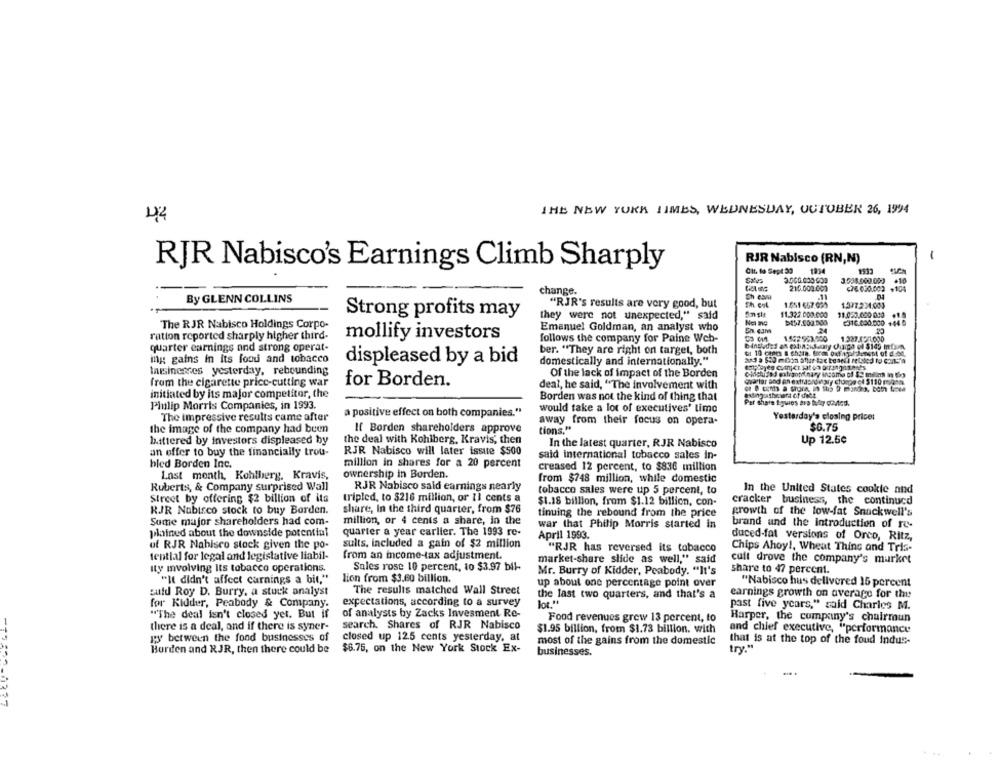
THE NEW YORK TIMES, WEDNESDAY, OCTOBER 26, 1994
RJR Nabisco (RN,N)
-
RJR Nabisco's Earnings Climb Sharply
Cit. to Sept 33
1934
Caros
3.538,600.000
.10
change.
215.000.000
c78 030.002 .104
By GLENN COLLINS
Sh es
.11
"RJR's results are very good, but
1.651 657.099
1.577.224.003
Strong profits may
11.322.000.000
11.020.000 010
they were not unexpected," said
c316.000.000 +44 6
The RJR Nabisco Holdings Corpo-
Emanuel Goldman, an analyst who
24
ration reported sharply higher third-
mollify investors
follows the company for Paine Web-
1.552:583.000
1.327.421.000
quarter earnings and strong operat-
ber. "They are right on target, both
ing gains in its food and tobacco
displeased by a bid
domestically and internationally."
Insinesses yesterday, rebounding
Of the lack of impact of the Borden
from the cigarette price-cutting war
for Borden.
deal, he said, "The involvement with
initiated by its major competitor, the
Borden was not the kind of thing that
Philip Morris Companies, in 1993.
a positive effect on both companies."
would take a lot of executives' time
The impressive results came after
away from their focus on opera-
Yesterday's closing price:
the image of the company had been
If Borden shareholders approve
tions."
$0.75
battered by investors displeased by
the deal with Kohlberg, Kravis, then
In the latest quarter, RJR Nabisco
Up 12.5¢
an offer to buy the financially trou-
RJR Nabisco will later issue $500
said international tobacco sales in-
bled Borden Inc.
million in shares for a 20 percent
creased 12 percent, to $836 million
Last month. Kohlberg, Kravis,
ownership in Borden.
from $748 million, while domestic
Ruberts, & Company surprised Wall
RJR Nabisco said earnings nearly
tobacco sales were up 5 percent, to
In the United States cookie and
Street by offering $2 billion of its
tripled, to $216 million, or 11 cents a
$1.18 billion, from $1.12 billion, con-
cracker business, the continucd
RJR Nabisco stock to buy Borden.
share, In the third quarter, from $76
tinuing the rebound from the price
growth of the low-fat Snackwell's
Some major shareholders had com-
million, or 4 cents a share, in the
war that Philip Morris started in
brand and the introduction of re-
plained about the downside potential
quarter a year carlier. The 1993 re-
April 1993.
duced-fat versions of Orco, Ritz,
uf RJR Nabisco stock given the po-
suits, included a gain of $2 million
"RJR has reversed its tobacco
Chips Ahoy !, Wheat Thing and Tris-
tential for legal and legislative liabil-
from an income-tax adjustment.
market-share slide as well," said
cull drove the company's market
Ity involving its tobacco operations.
Sales rose 10 percent, to $3.97 bil-
Mr. Burry of Kidder, Peabody. "It's
share to 47 percent.
"It didn't affect carnings a bit,"
lion from $3.60 billion.
up about one percentage point over
"Nabisco hus delivered 15 percent
The results matched Wall Street
fuld Roy D. Burry, a stuck analyst
the last two quarters, and that's a
earnings growth on average for the
for Kidder, Peabody & Company.
expectations, according to a survey
lot."
past five years," said Charles M.
of analysts by Zacks Invesment Re-
"The deal isn't closed yet. But if
Food revenues grew 13 percent, to
Harper, the company's chairmun
there is a deal, and if there is syner-
search. Shares of RJR Nabisco
$1.95 billion, from $1.73 billion. with
and chief executive, "performance
gy between the food businesses of
closed up 12.5 cents yesterday, at
most of the gains from the domestic
that is at the top of the foud indus-
Burden and RJR, then there could be
$6.75, on the New York Stock Ex-
businesses.
try."